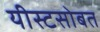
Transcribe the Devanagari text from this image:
यीस्टसोबत